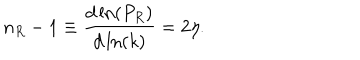
n _ { R } - 1 \equiv \frac { d \ln ( P _ { R } ) } { d \ln ( k ) } = 2 \eta .